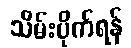
သိမ်းပိုက်ရန်